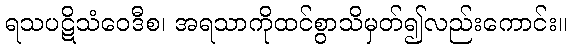
ရသပဋိသံဝေဒီစ၊ အရသာကိုထင်စွာသိမှတ်၍လည်းကောင်း။